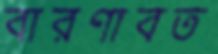
বারণাবত